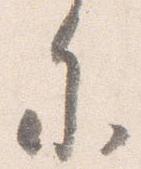
参